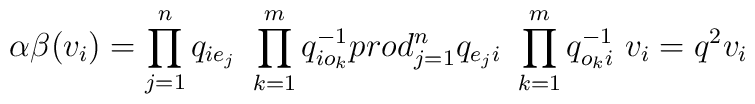
\alpha\beta(v_i) = \prod_{j=1}^nq_{ie_j}\ \prod_{k=1}^mq_{io_k}^{-1}\\prod_{j=1}^nq_{e_ji}\ \prod_{k=1}^mq_{o_ki}^{-1}\ v_i = q^2 v_i